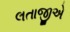
લતાજીએ